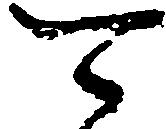
可